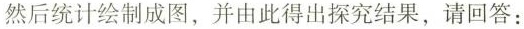
然后统计绘制成图，并由此得出探究结果，请回答：